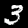
Digit: 3